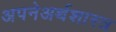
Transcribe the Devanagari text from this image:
अपनेअर्थशास्त्र